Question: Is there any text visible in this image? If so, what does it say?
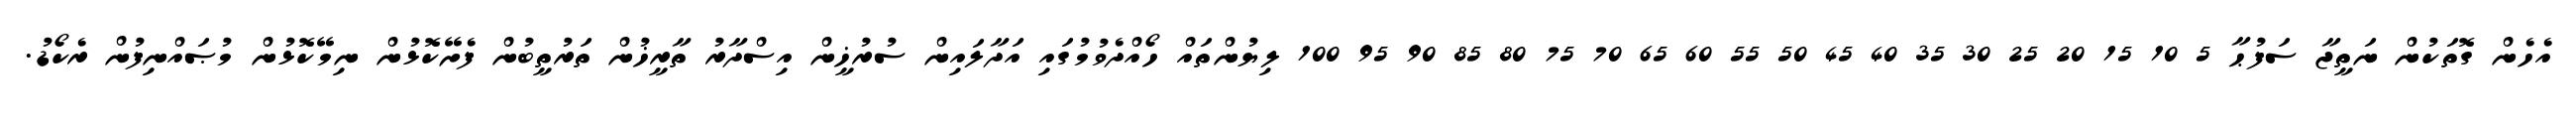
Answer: އެހެން ގޮތަކުން ނަތީޖާ ސަފުޙާ 5 10 15 20 25 30 35 40 45 50 55 60 65 70 75 80 85 90 95 100 ލިޔުންތައް ހޯއްދެވުމުގައި އަދާލައިން ސުރުޚީން އިސްދާރު ތާރީޚުން ތަރުތީބުން ފެށޭކޮޅުން ނިމޭކޮޅުން މުޞައްނިފުން ރެކޯޑު.